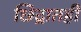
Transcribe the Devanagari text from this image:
छिद्रातही